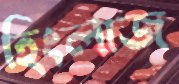
হিংলাজ